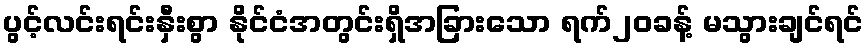
ပွင့်လင်းရင်းနှီးစွာ နိုင်ငံအတွင်းရှိအခြားသော ရက်၂၀ခန့် မသွားချင်ရင်